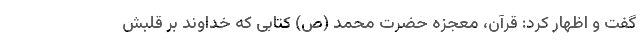
گفت و اظهار کرد: قرآن، معجزه حضرت محمد (ص) کتابی که خداوند بر قلبش